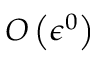
O \left( \epsilon ^ { 0 } \right)